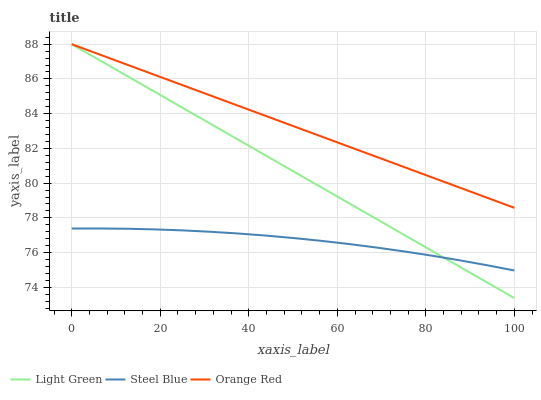
| xaxis_label | Light Green | Steel Blue | Orange Red |
 | --- | --- | --- | --- |
 | 0 | 88 | 77.4 | 88 |
 | 6.25 | 87.1 | 77.4 | 87.4 |
 | 12.5 | 86.2 | 77.4 | 86.8 |
 | 18.8 | 85.3 | 77.3 | 86.2 |
 | 25 | 84.3 | 77.3 | 85.6 |
 | 31.2 | 83.4 | 77.2 | 85.1 |
 | 37.5 | 82.5 | 77.1 | 84.5 |
 | 43.8 | 81.6 | 77 | 83.9 |
 | 50 | 80.7 | 76.8 | 83.3 |
 | 56.2 | 79.8 | 76.7 | 82.7 |
 | 62.5 | 78.9 | 76.5 | 82.1 |
 | 68.8 | 78 | 76.3 | 81.5 |
 | 75 | 77 | 76.1 | 80.9 |
 | 81.2 | 76.1 | 75.8 | 80.3 |
 | 87.5 | 75.2 | 75.6 | 79.8 |
 | 93.8 | 74.3 | 75.3 | 79.2 |
 | 100 | 73.4 | 75 | 78.6 |